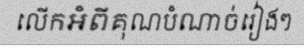
លើកអំពីគុណបំណាច់រៀងៗ